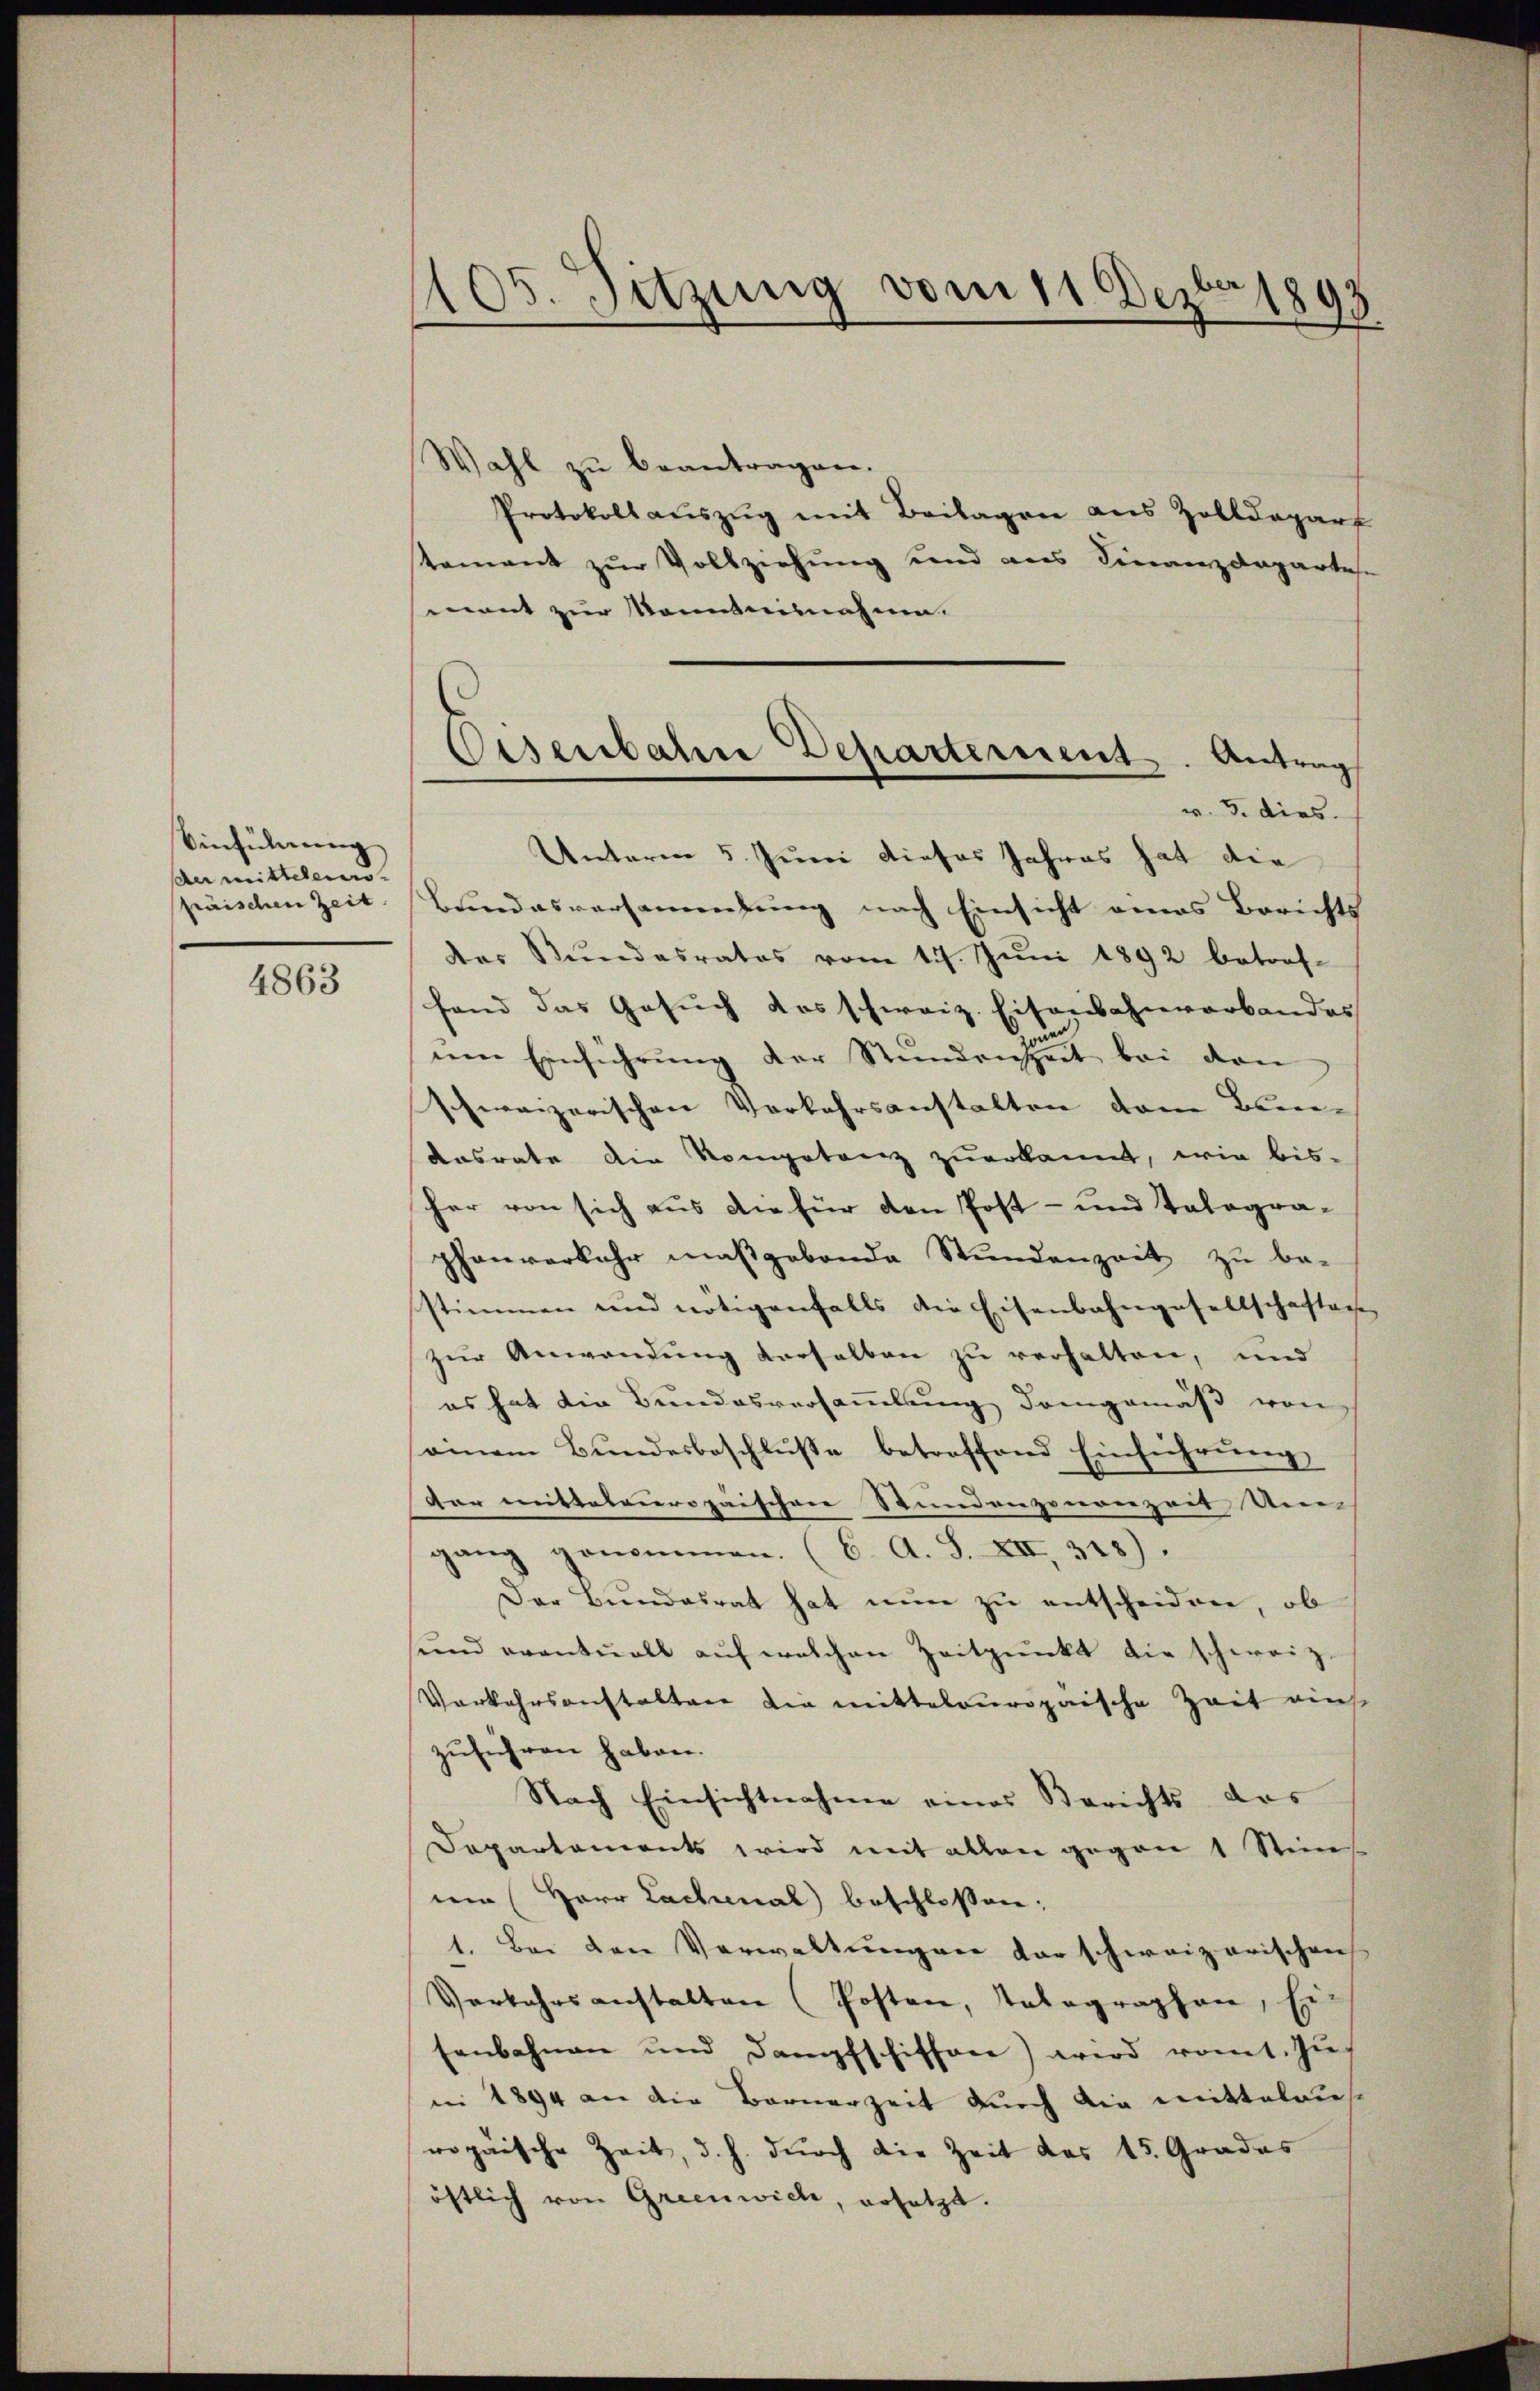
Einführung
der mitteleis
präischen Zeit.

4863

105. Sitzung vom 11. Dezbr 1893

Wahl zu beantragen.
Protokoll aŭszŭg mit Beilagen aus Zolldepart
stament zur Vollziehung und aus Finanzdeparten
mant zur Kenntnisnahme.
Unterm 5. Juni dieses Jahres hat die
Bundesversammlung nach Einsicht eines Berichts
der Stŭndesrates vom 11. Jŭni 1892 betref-
fand das Gesuch das schweiz. Eisenbahnverbandes
um Einführung der Stundenseit bei den
schweizerischen Verkehrsanstalten dem Bun¬
Aasrate die Kompetenz zuerkannt, wie bis-
her von sich aus die für den Post- und Talogra-
phanverkehr maßgebende Stŭndenzeit zŭ be-
stimmen und nötigenfalls die Eisenbahngesellschaften
zur Anwendung derselben zu verhalten, und
es hat die Bundesversammlung dringemäß von
einem Bundesbeschlusse betreffend Einführung
dar mittelpuropaischen Stundenzonanzeit Um
gang genommen. (C. A. S. XIII 318).
Der Bundesrat hat nun zu entscheiden, ob
sŭnd eventuell aŭf welchen Zeitpunkt die schweiz.
Vorkehrsanstalten die mittelouropaische Zeit ains
zuführen haben.
Nach Einsichtnahme eines Berichts das
Departements wird mit allen gegen 1 Stim-
ne (Herr Lachenal) beschlossen:
1. Bei den Verwaltŭngen der schweizerischen
Verkehrsanstalten (Posten, Telegraphen, Ei
senbahnen und Dampfschiffen) wird romt. Zuni 1894 an die Bernerzeit durch die mitteldies
ropäische Zeit, d. h. durch die Zeit das 15. Grades
öftlich von Greenwich, ersetzt.

Eisenbahne Departement. Antrag
v. 5. dies